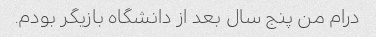
درام من پنج سال بعد از دانشگاه بازیگر بودم.